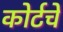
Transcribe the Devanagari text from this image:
कोर्टचे